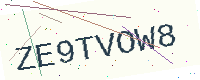
Text: ZE9TVOW8